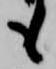
も